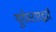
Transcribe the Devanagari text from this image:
युरोस्टारद्वारे